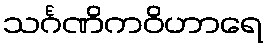
သင်္ဂဏိကဝိဟာရေ